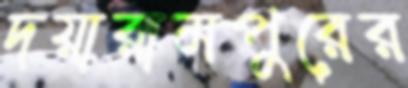
দয়ারামপুরের